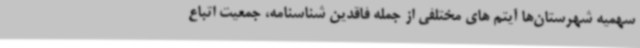
سهمیه شهرستان‌ها آیتم های مختلفی از جمله فاقدین شناسنامه، جمعیت اتباع